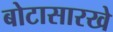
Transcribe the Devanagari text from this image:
बोटासारखे